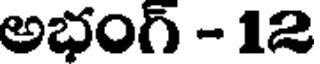
అభంగ్ - 12